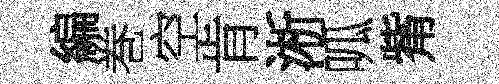
編巻空肯淅呱觜